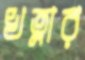
খত্নার